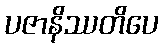
ပဇာနိဿတိပေ